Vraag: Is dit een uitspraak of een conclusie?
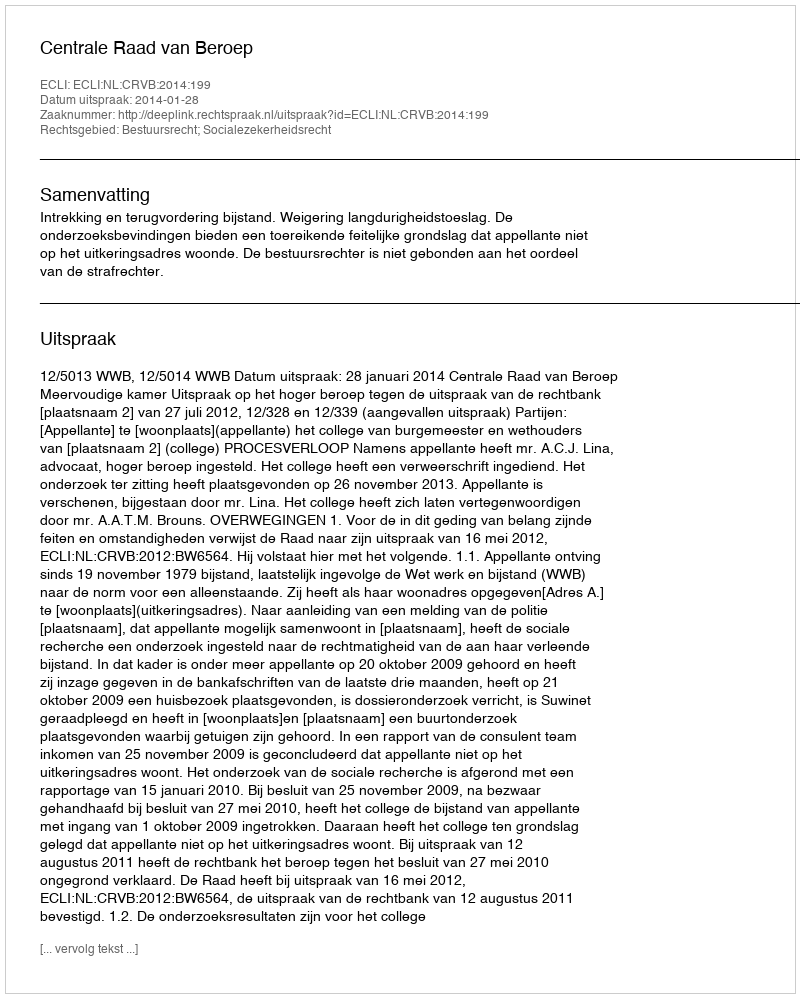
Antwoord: Uitspraak